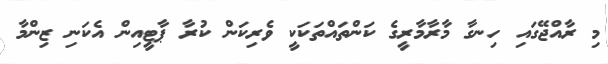
މި ރާއްޖޭގައި ހިނގާ މާރާމާރީގެ ކަންތައްތަކަކީ ވެރިކަން ކުރާ ޕާޓީއިން އެކަނި ޒިންމާ